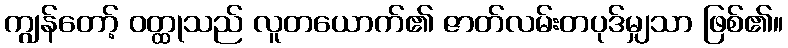
ကျွန်တော့် ဝတ္ထုသည် လူတယောက်၏ ဇာတ်လမ်းတပုဒ်မျှသာ ဖြစ်၏။